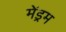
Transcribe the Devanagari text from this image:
मेंड्रम